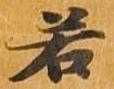
若